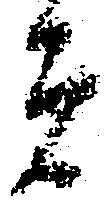
は